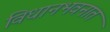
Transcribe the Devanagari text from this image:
विधानभवनात